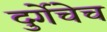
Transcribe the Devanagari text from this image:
दुर्गेचेच